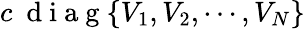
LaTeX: c~\mathrm{~d~i~a~g~}\{ V_{1},V_{2},\cdots,V_{N}\}